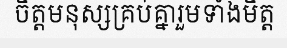
ចិត្តមនុស្សគ្រប់គ្នារួមទាំងមិត្ត